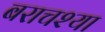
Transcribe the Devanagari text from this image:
बराचश्या